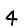
Digit: 4